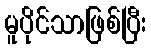
မူပိုင်သာဖြစ်ပြီး